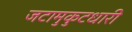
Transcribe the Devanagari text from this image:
जटामुकुटधारी